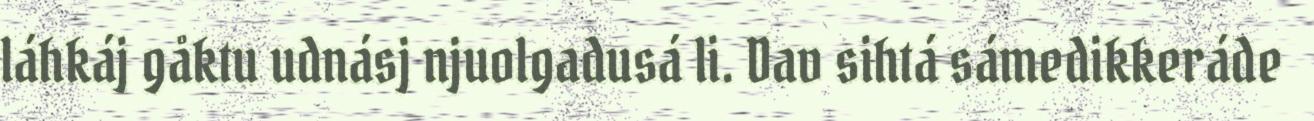
láhkáj gåktu udnásj njuolgadusá li. Dav sihtá sámedikkeráde